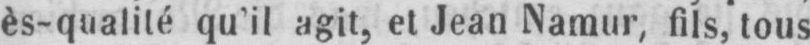
ès-qualité qu’il agit, et Jean Namur, fils tous